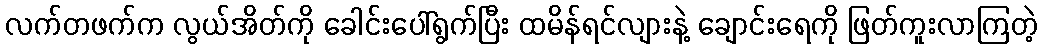
လက်တဖက်က လွယ်အိတ်ကို ခေါင်းပေါ်ရွက်ပြီး ထမိန်ရင်လျားနဲ့ ချောင်းရေကို ဖြတ်ကူးလာကြတဲ့